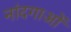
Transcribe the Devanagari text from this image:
नांदगाओं